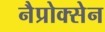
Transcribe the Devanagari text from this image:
नैप्रोक्सेन